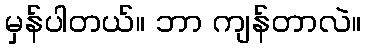
မှန်ပါတယ်။ ဘာ ကျန်တာလဲ။